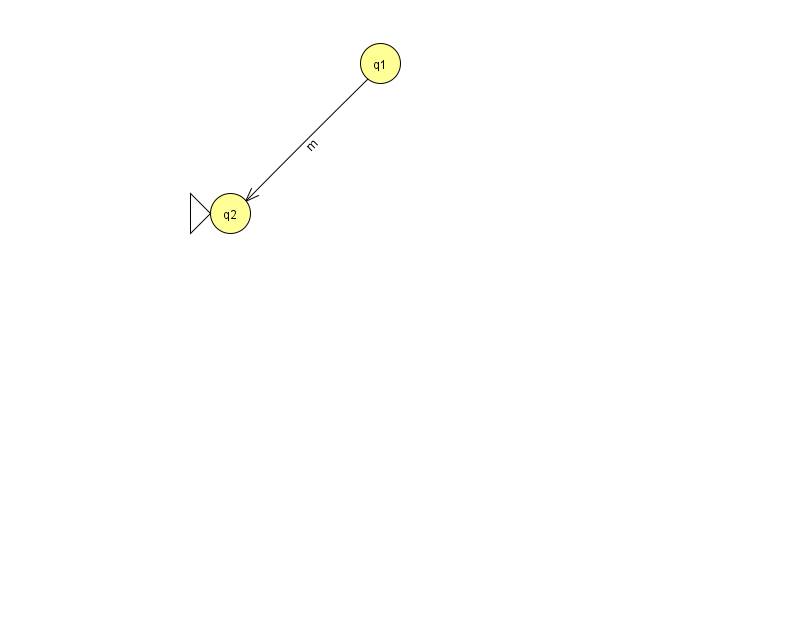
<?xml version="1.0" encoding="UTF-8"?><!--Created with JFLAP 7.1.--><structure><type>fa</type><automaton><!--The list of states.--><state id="1" name="q1"><x>380.0</x><y>50.0</y></state><state id="2" name="q2"><x>230.0</x><y>200.0</y><initial/></state><!--The list of transitions.--><transition><from>1</from><to>2</to><read>m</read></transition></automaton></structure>